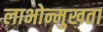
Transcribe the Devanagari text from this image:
लाभोन्मुखता